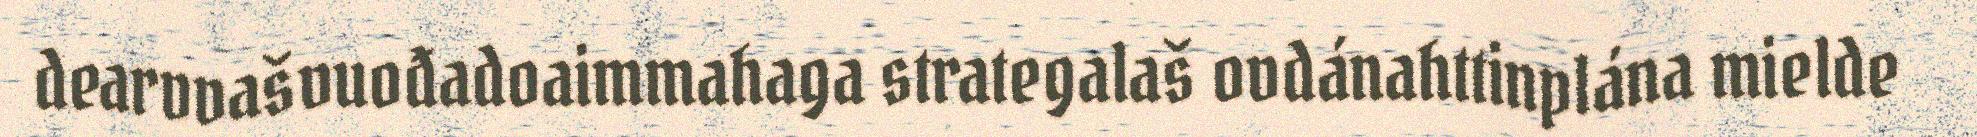
dearvvašvuođadoaimmahaga strategalaš ovdánahttinplána mielde